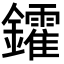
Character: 𨯟